Malaria in the Duars
Disease focus: Malaria
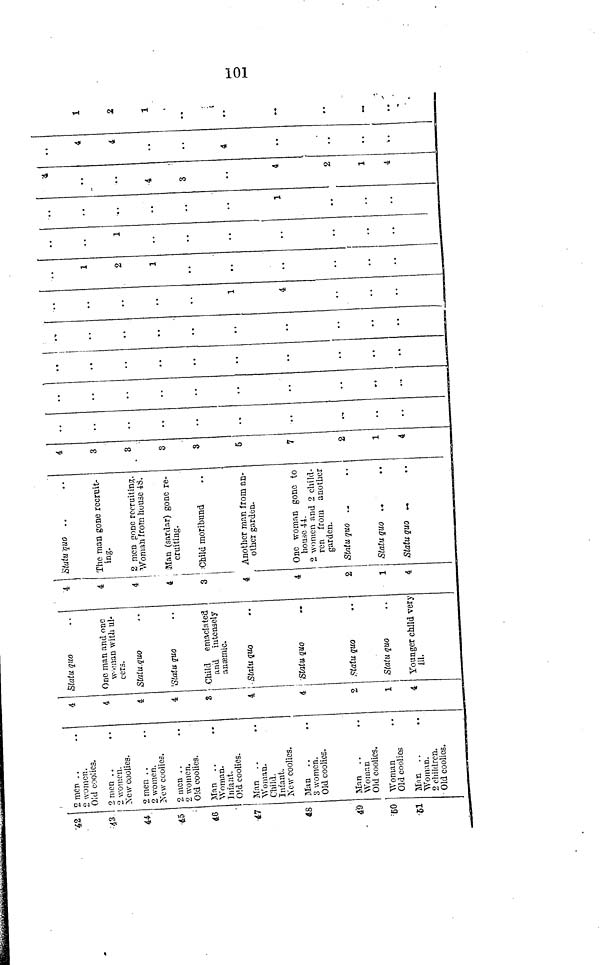
101
42
43
44
45
46
47
48
&
60
61
2 men . .
2 women.
Old coolies.
2 men . .
. .
2 women.
New coolies.
2 men
2 women.
New coolies.
2 men
2 women.
Old coolies.
Man ..
Woman.
Iniant.
Old coolies.
Man
Woman.
Child.
Infant.
New coolies.
Man
3 women.
Old coolies.
Man ..
Woman
Old coolies.
Woman
Old coolies
Man
Woman.
2 children.
Old coolies.
4
4
4
4
3
4
4
2
1
4
Stata quo
One man and one
woman with ul
cers.
Statu quo
Statu quo
Child emaciated
and intensely
anaenic.
Statu quo
Statu quo
Statu quo
Statu quo
Younger child very
ill.
4
4
4
4
3
4
4
2
1
4
Statu quo
The man gone recruit-
ing.
2 men gone recruiting.
Woman from house 48.
Man (sardar) gone re-
cruiting.
Child moribund
Another man from an-
other garden.
One woman gone to
house 44.
2 women and 2 child-
ren from another
garden.
Statu quo
Statu quo
Statu
quo
4
3
8
3
3
6
7
2
1
4
.
..
..
1
4
I
2
1
..
..
1
..
..
1
4
..
-
..
4
3
4
2
1
4
4
4
4
..
1
2
1
..
..
. .
••
. .
..